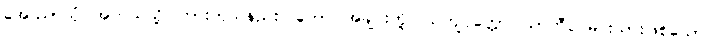
အေဿာသုံ၊ အဘယ်သို့ ကြားကုသနည်း။ ဘော၊ အချင်းတို့။ သကျပုတ္တော၊ သာကီဝင်မင်းသားဖြစ်သော။